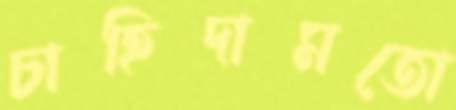
চাহিদামতো